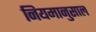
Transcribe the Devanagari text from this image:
नियमानुसाल